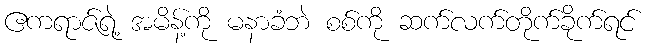
ဧကရာဇ်ရဲ့ အမိန့်ကို မနာခံဘဲ စစ်ကို ဆက်လက်တိုက်ခိုက်ရင်